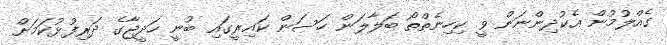
ގެއްލުމުން އެކުދިންނަން ވީ ކިހިނެތްތޯ ބަލާލަން ހަސަން ކައިރީގައި ބުނީ ހަދީޖާގެ ދަރިފުޅުކަމަށް